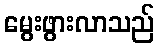
မွေးဖွားလာသည်